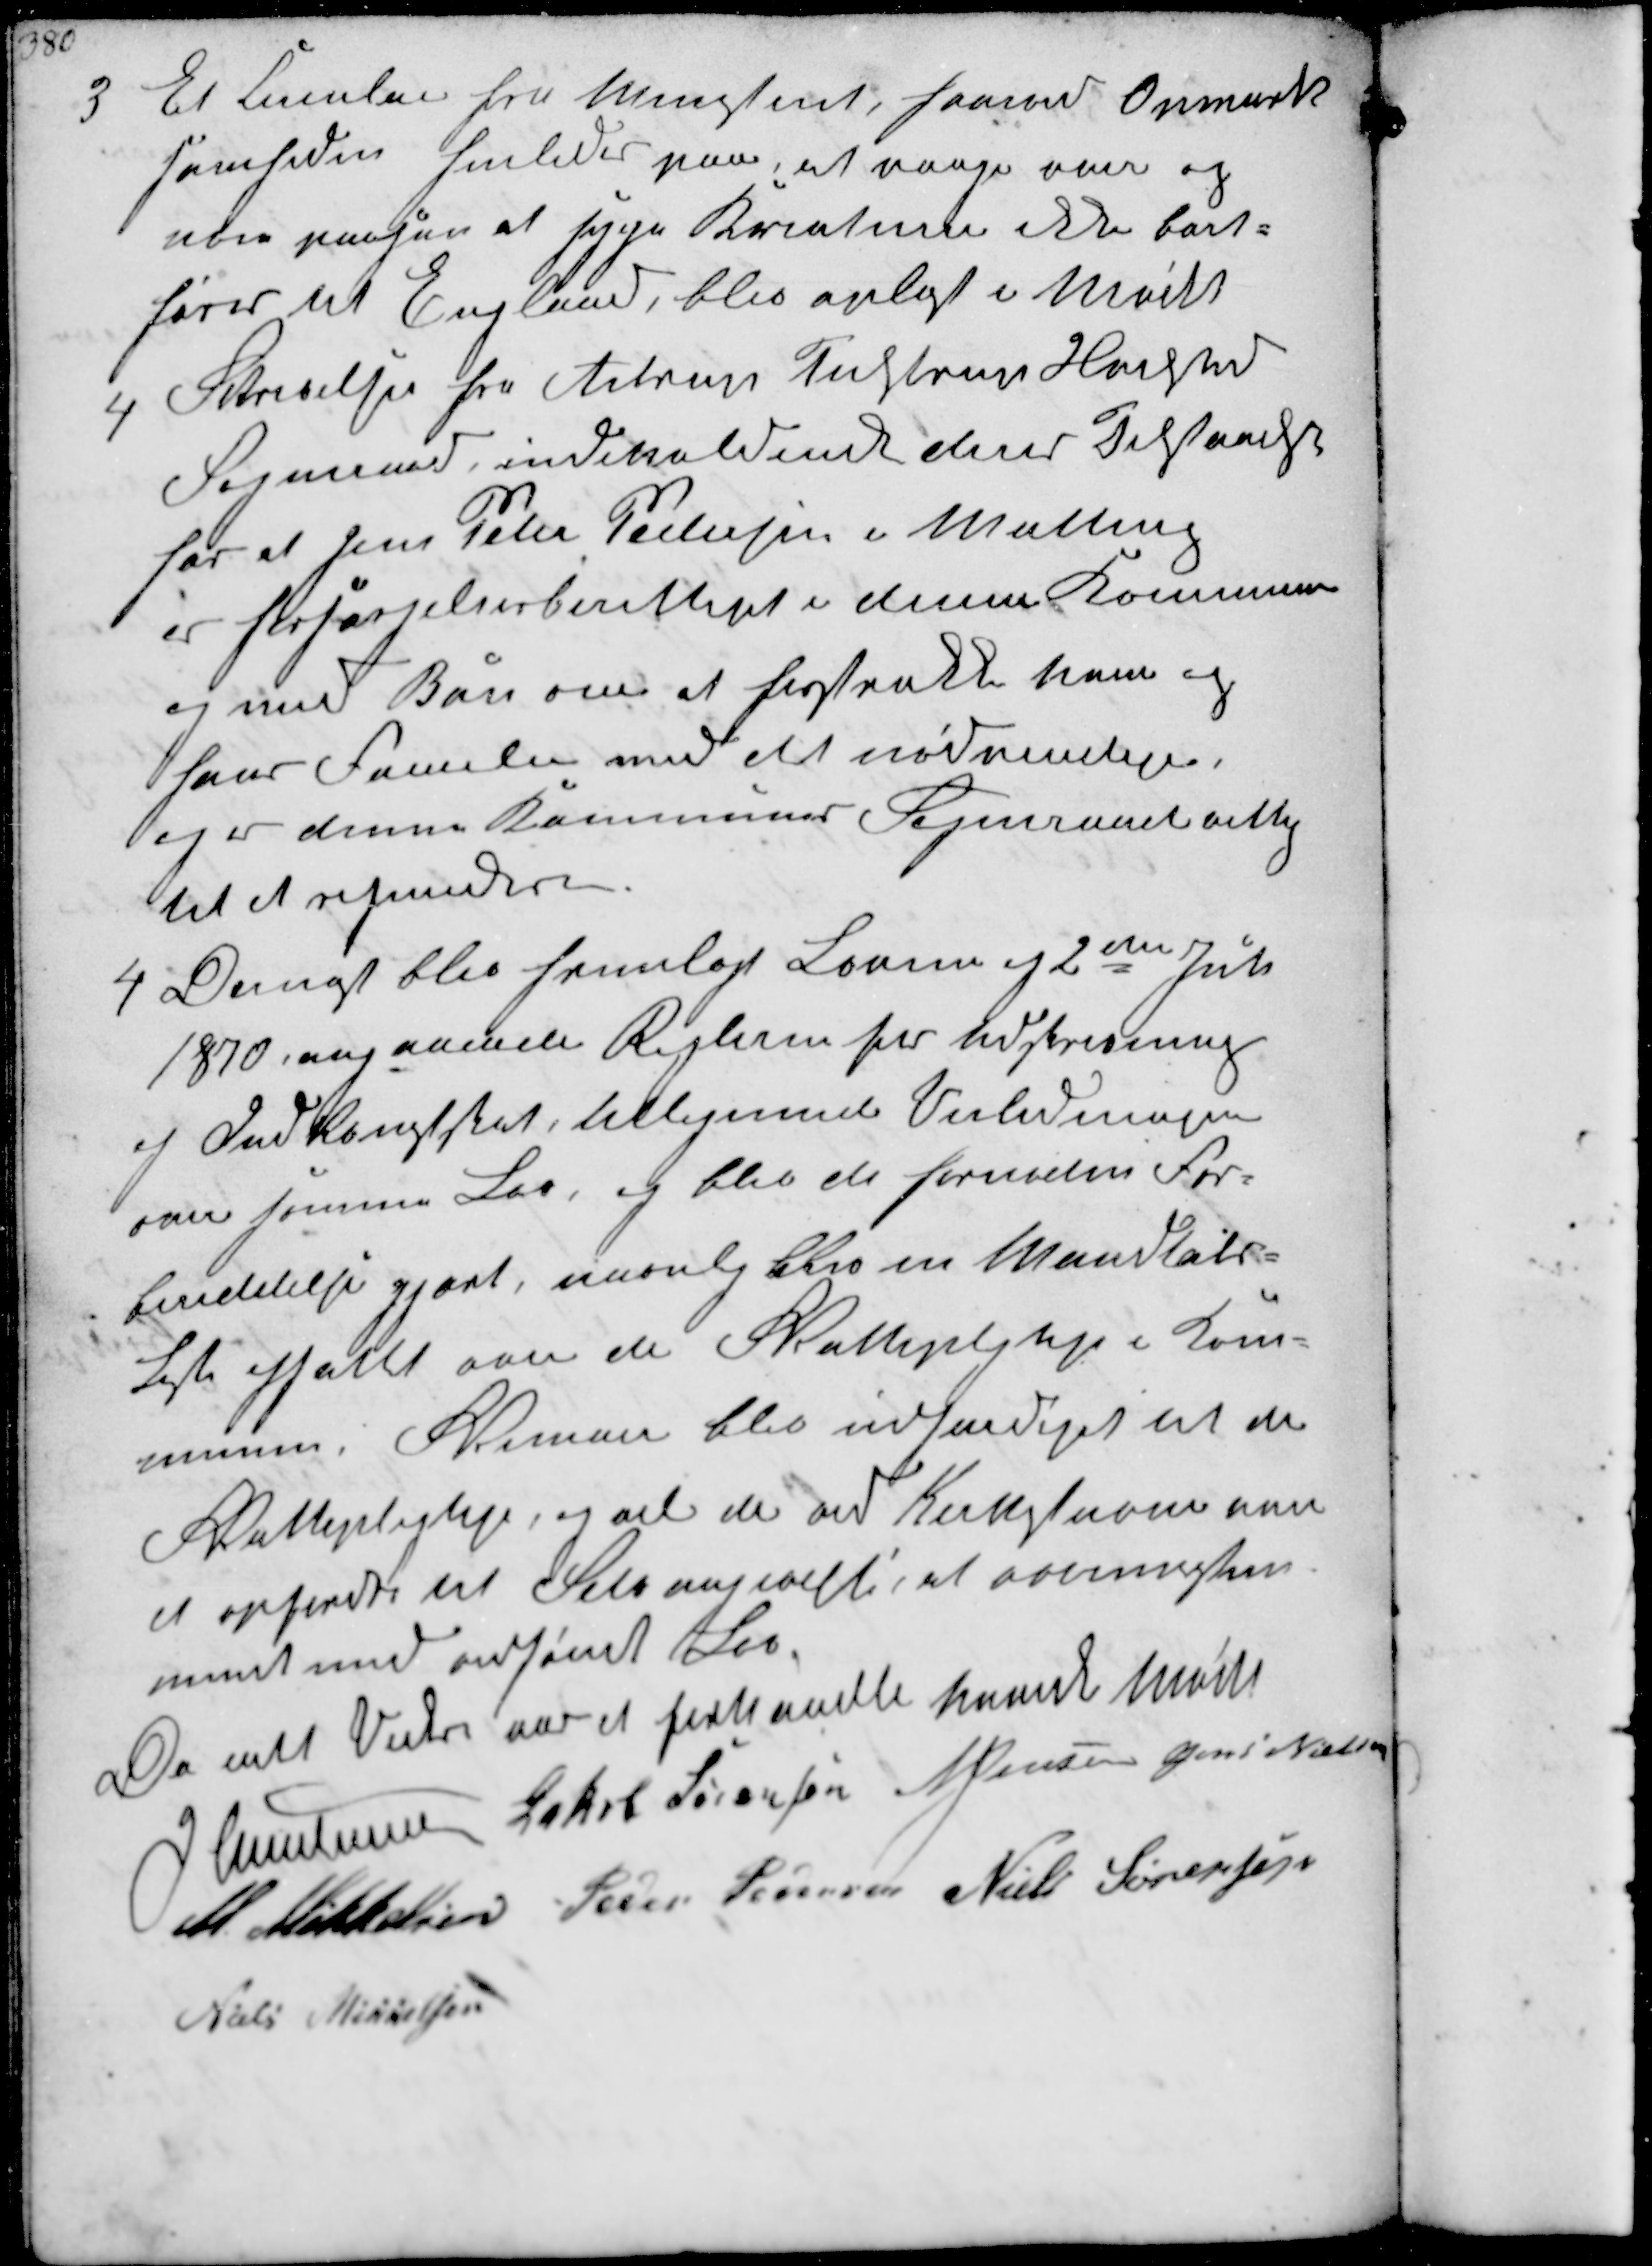
Transskription:
3
Et Cirkulære fra Ministeriet, hvorved Opmærk-
somheden henledes paa, at vaage over og
være paasen at syge Kreaturer ikke bort-
føres til England, blev oplæst i Mødet

4
Skrivelse fra Astrup Tulstrup Hvilsted
Sogneraad indeholdende deres Tilstaaelse
for at Jens Peter Pedersen i Malling
er forsørgelsesberettiget i denne Kommune
og med Bøn om at forstrække ham og
hans Familie med det nødvendige.
og er denne Kommunes Sogneraad villig
til at refundere

4
Dernæst blev fremlagt Loven af 2den Juli
1870 angaaende Reglerne for Udskrivning.
af Indkomstskat, tilligemed Vejledningen
over samme Lov, og blev de fornødne For-
beredelse gjort, navnlig blev en Mandtals-
liste affattet over de Skattepligtige i Kom¬
munen. Skemaer blev udfærdiget til de
Skattepligtige og vil da ved Kirkestævne nu
at opfordre til Selvangivelse, at overensstem-
met med udsendt Lov
Da intet Videre var at forhandle hævedes Mødet
J Christensen Jakob Sørensen N Jensen Jens Nielsen
M Mikkelsen Peder Sørensen Niels Sørensen
Niels Mikkelsen